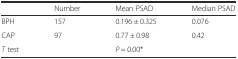
<table><thead><tr><td></td><td><b>Number</b></td><td><b>Mean PSAD</b></td><td><b>Median PSAD</b></td></tr></thead><tbody><tr><td>BPH</td><td>157</td><td>0.196 ± 0.325</td><td>0.076</td></tr><tr><td>CAP</td><td>97</td><td>0.77 ± 0.98</td><td>0.42</td></tr><tr><td><i>T</i> test</td><td></td><td><i>P</i> = 0.00*</td><td></td></tr></tbody></table>